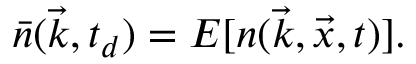
\bar { n } ( \vec { k } , t _ { d } ) = E [ n ( \vec { k } , \vec { x } , t ) ] .